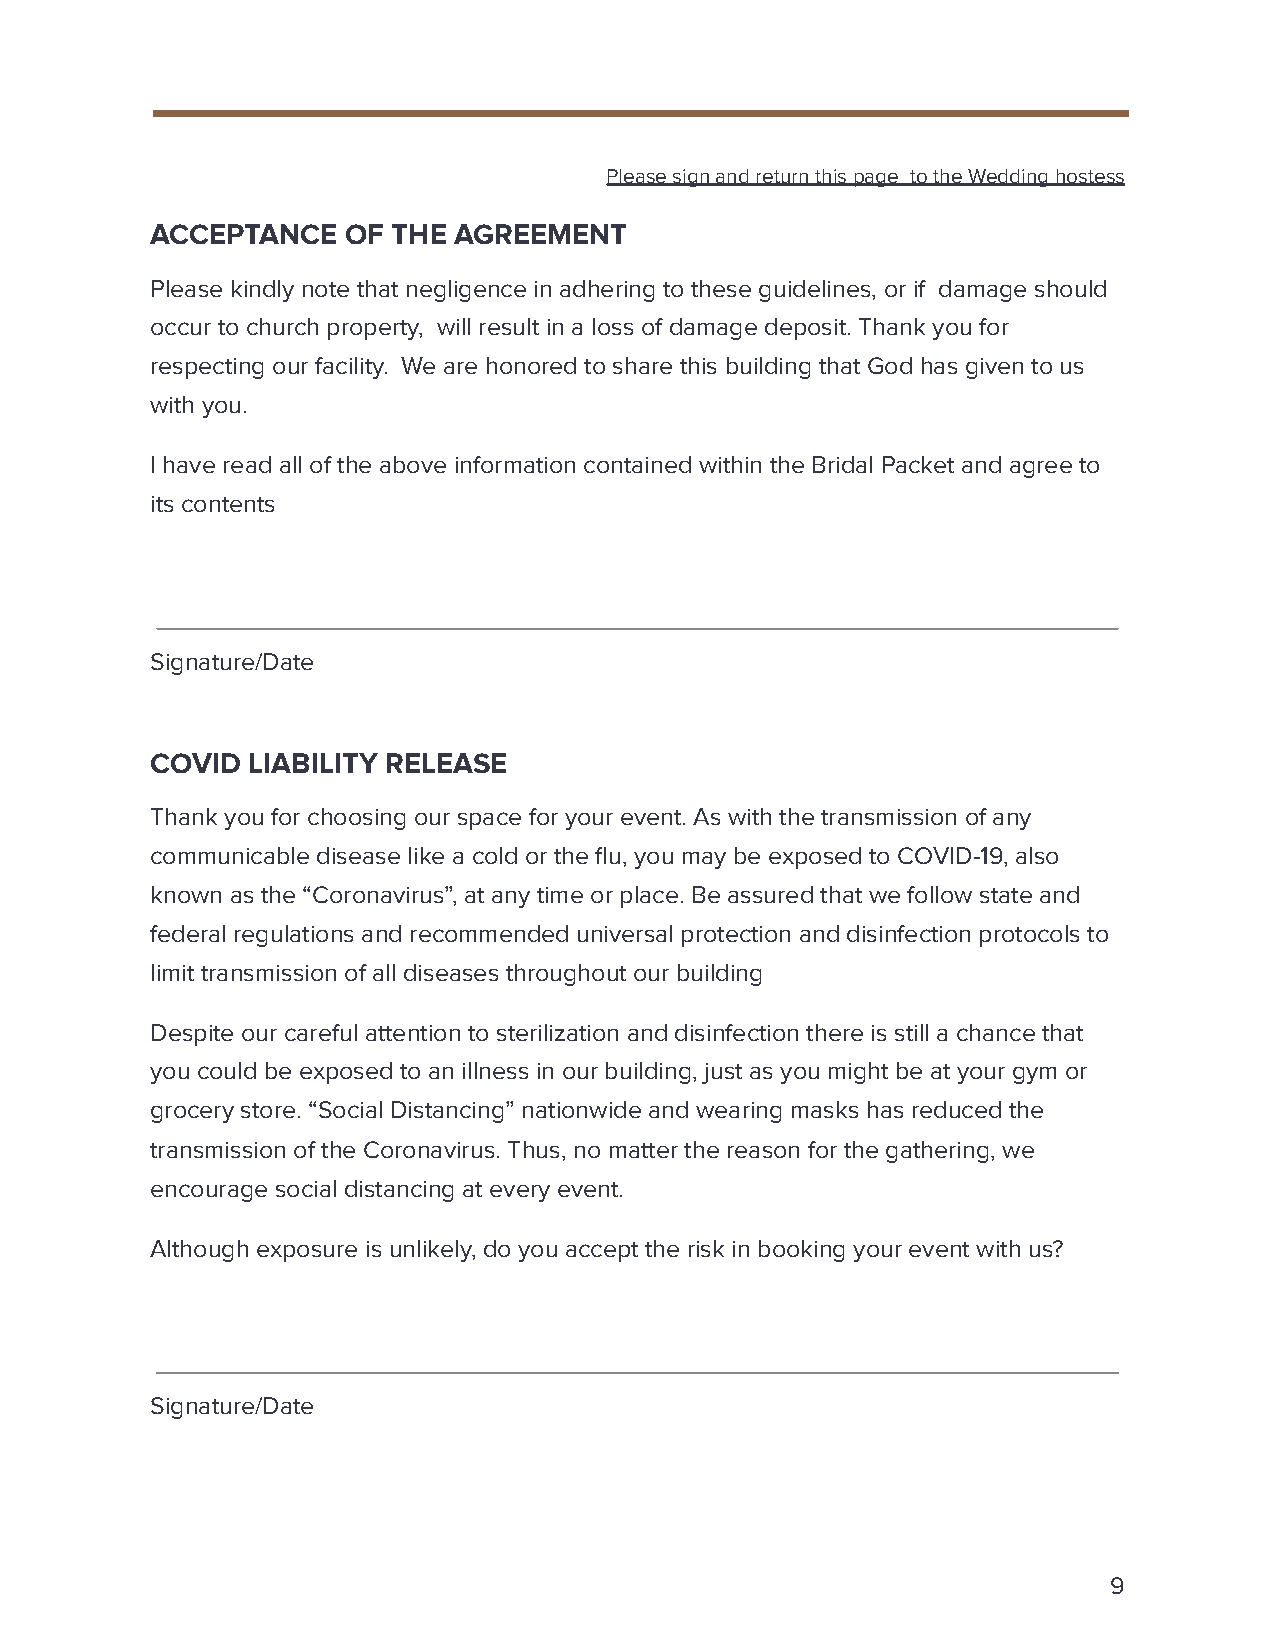
Please sign and return this page to the Wedding hostess
 ACCEPTANCE   OF THE AGREEMENT
 Please kindly note that negligence in adhering to these guidelines, or if damage should
 occur to church property, will result in a loss of damage deposit. Thank you for
 respecting our facility. We are honored to share this building that God has given to us
 with you.
 I have read all of the above information contained within the Bridal Packet and agree to
 its contents
 Signature/Date
 COVID LIABILITY RELEASE
 Thank you for choosing our space for your event. As with the transmission of any
 communicable disease like a cold or the flu, you may be exposed to COVID-19, also
 known as the “Coronavirus”, at any time or place. Be assured that we follow state and
 federal regulations and recommended universal protection and disinfection protocols to
 limit transmission of all diseases throughout our building
 Despite our careful attention to sterilization and disinfection there is still a chance that
 you could be exposed to an illness in our building, just as you might be at your gym or
 grocery store. “Social Distancing” nationwide and wearing masks has reduced the
 transmission of the Coronavirus. Thus, no matter the reason for the gathering, we
 encourage social distancing at every event.
 Although exposure is unlikely, do you accept the risk in booking your event with us?
 Signature/Date
 9